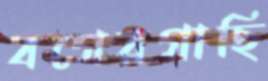
বগেরগাছি